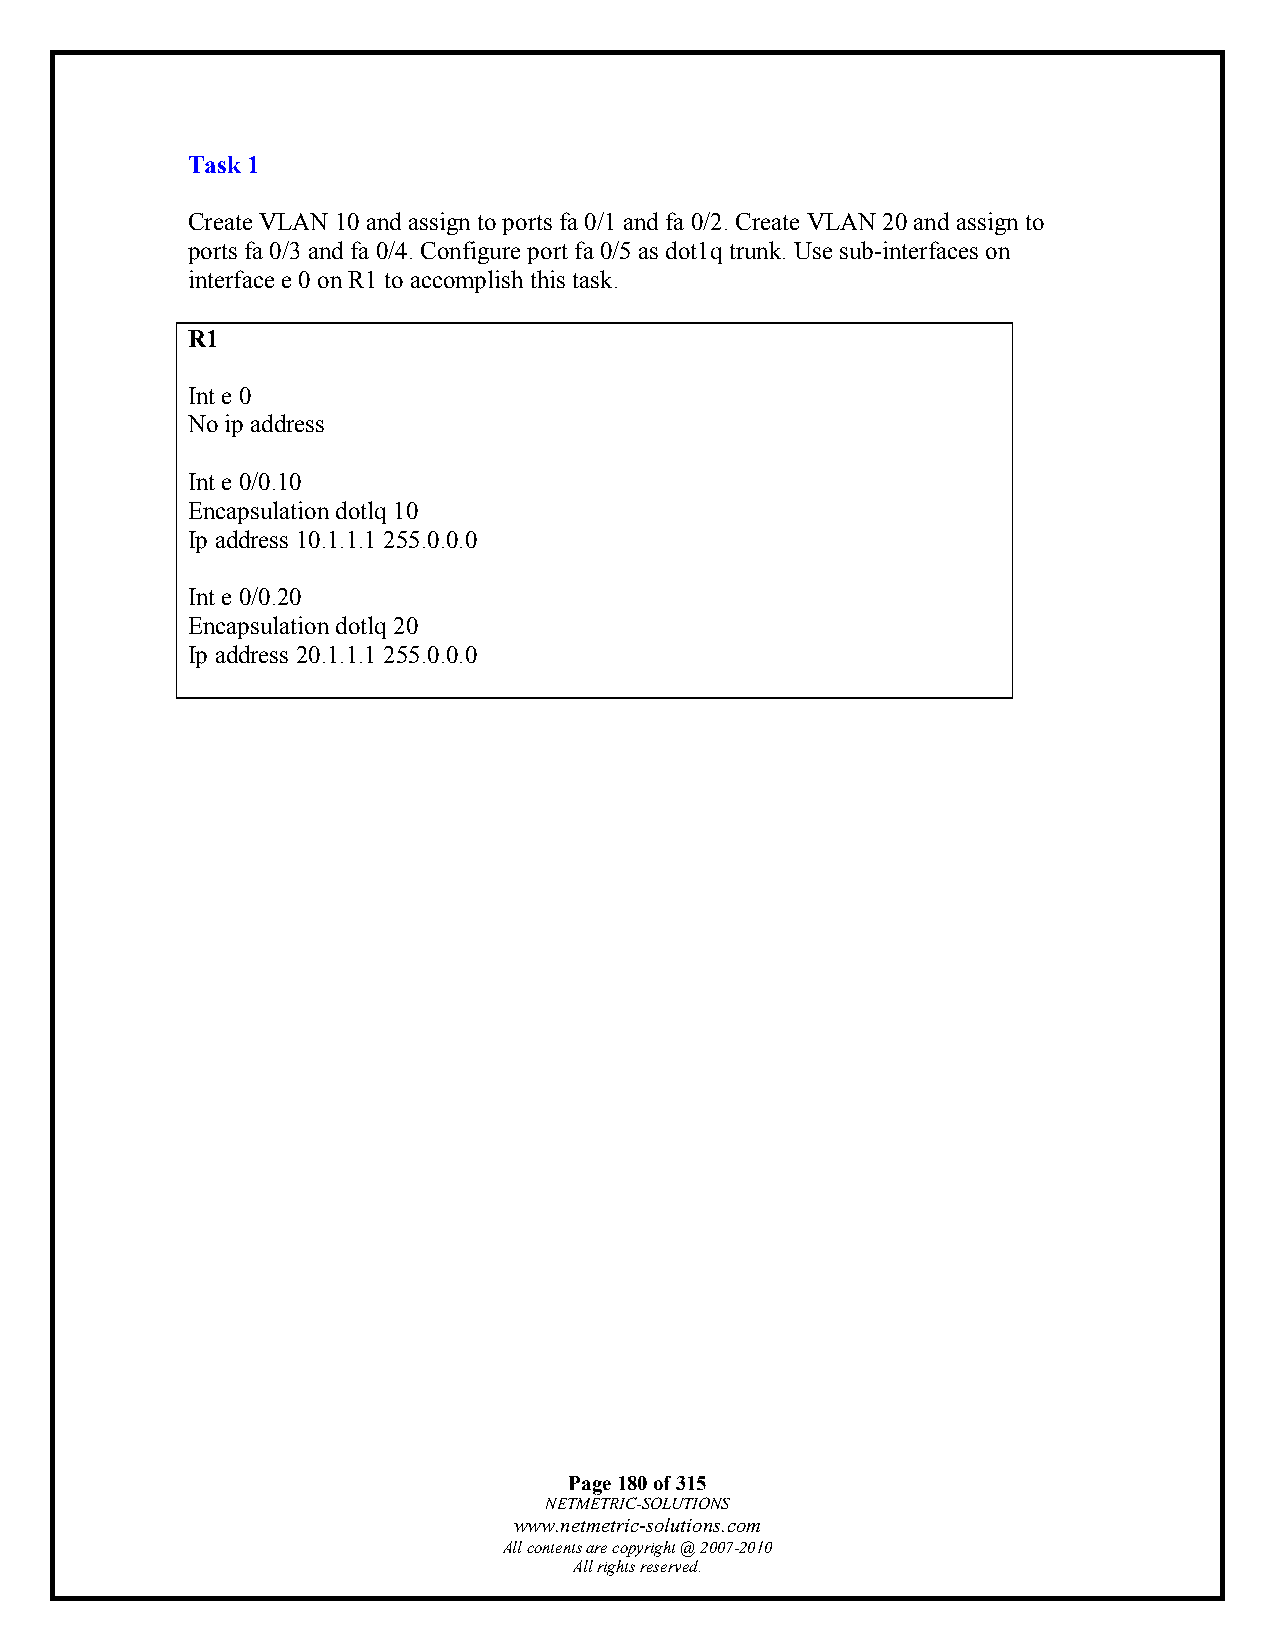
Task 1
 Create VLAN 10 and assign to ports fa 0/1 and fa 0/2. Create VLAN 20 and assign to
 ports fa 0/3 and fa 0/4. Configure port fa 0/5 as dot1q trunk. Use sub-interfaces on
 interface e 0 on R1 to accomplish this task.
 R1
 Int e 0
 No ip address
 Int e 0/0.10
 Encapsulation dotlq 10
 Ip address 10.1.1.1 255.0.0.0
 Int e 0/0.20
 Encapsulation dotlq 20
 Ip address 20.1.1.1 255.0.0.0
 Page 180 of 315
 NETMETRIC-SOLUTIONS
 www.netmetric-solutions.com
 All contents are copyright @ 2007-2010
 All rights reserved.